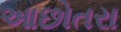
આછોતરા